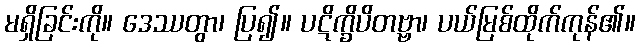
မရှိခြင်းကို။ ဒေဿတွာ၊ ပြ၍။ ပဋိက္ခိပိတဗ္ဗာ၊ ပယ်မြစ်ထိုက်ကုန်၏။